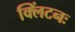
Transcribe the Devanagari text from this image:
क्लिंटनः